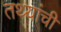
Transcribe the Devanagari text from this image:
तथ्यांची